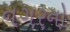
નગરનો